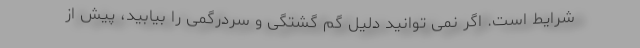
شرایط است. اگر نمی توانید دلیل گم گشتگی و سردرگمی را بیابید، پیش از